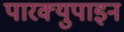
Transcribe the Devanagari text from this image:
पारक्युपाइन